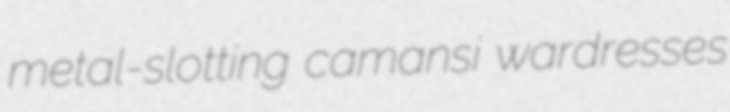
metal-slotting camansi wardresses